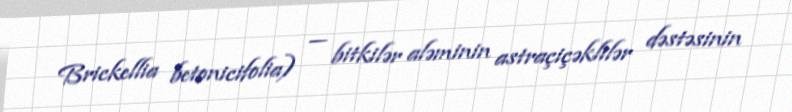
Brickellia betonicifolia) — bitkilər aləminin astraçiçəklilər dəstəsinin